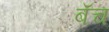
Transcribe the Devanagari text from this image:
बॅच